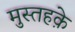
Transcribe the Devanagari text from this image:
मुस्तहके़